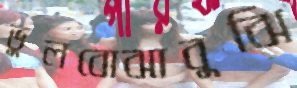
ভুলবোঝাবুঝি